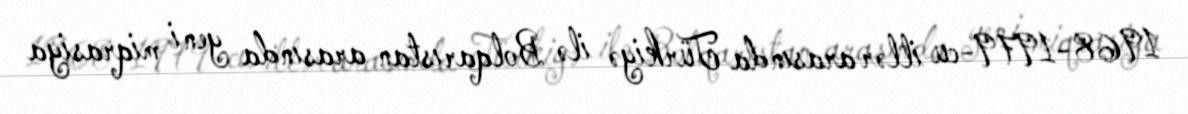
1968-1979-cu illər arasında Türkiyə ilə Bolqarıstan arasında yeni miqrasiya